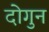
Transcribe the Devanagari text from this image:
दोगुन